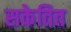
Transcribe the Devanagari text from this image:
सकेतित